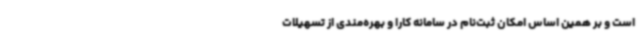
است و بر همین اساس امکان ثبت‌نام در سامانه کارا و بهره‌مندی از تسهیلات